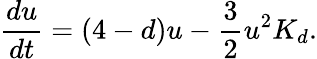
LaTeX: \frac{du}{dt}=(4-d)u-\frac{3}{2}u^{2}K_{d}.